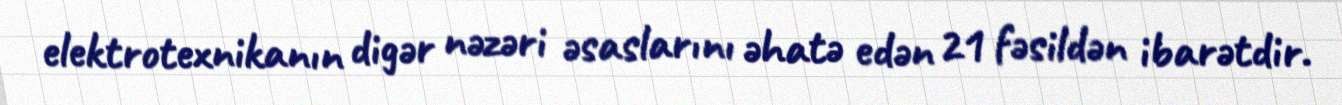
elektrotexnikanın digər nəzəri əsaslarını əhatə edən 21 fəsildən ibarətdir.